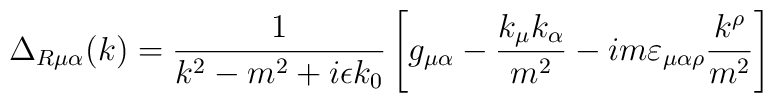
\Delta_{R\mu\alpha}(k)= \frac{1}{k^2-m^2+i \epsilon k_0}\left[ g_{\mu\alpha}- \frac{k_\mu k_\alpha}{m^2 }-i m\varepsilon_{\mu\alpha\rho}\frac{k^\rho}{m^2}\right ]